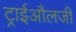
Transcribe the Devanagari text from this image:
ट्राईऔलजी